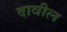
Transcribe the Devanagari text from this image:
दावील